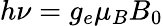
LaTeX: h\nu=g_{e}\mu_{B}B_{0}